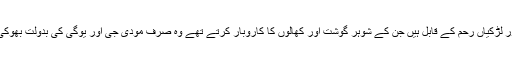
ان سے زیادہ وہ لاکھوں عورتیں اور لڑکیاں رحم کے قابل ہیں جن کے شوہر گوشت اور کھالوں کا کاروبار کرتے تھے وہ صرف مودی جی اور یوگی کی بدولت بھوکی ہیں اور کپڑوں کو ترس رہی ہیں۔